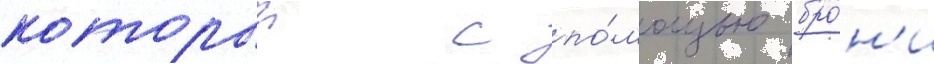
которыи с по́мощью бро́н'и